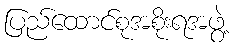
ပြည်ထောင်စုအစိုးရအဖွဲ့